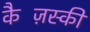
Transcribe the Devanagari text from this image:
कैज़िंस्की